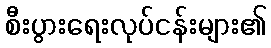
စီးပွားရေးလုပ်ငန်းများ၏